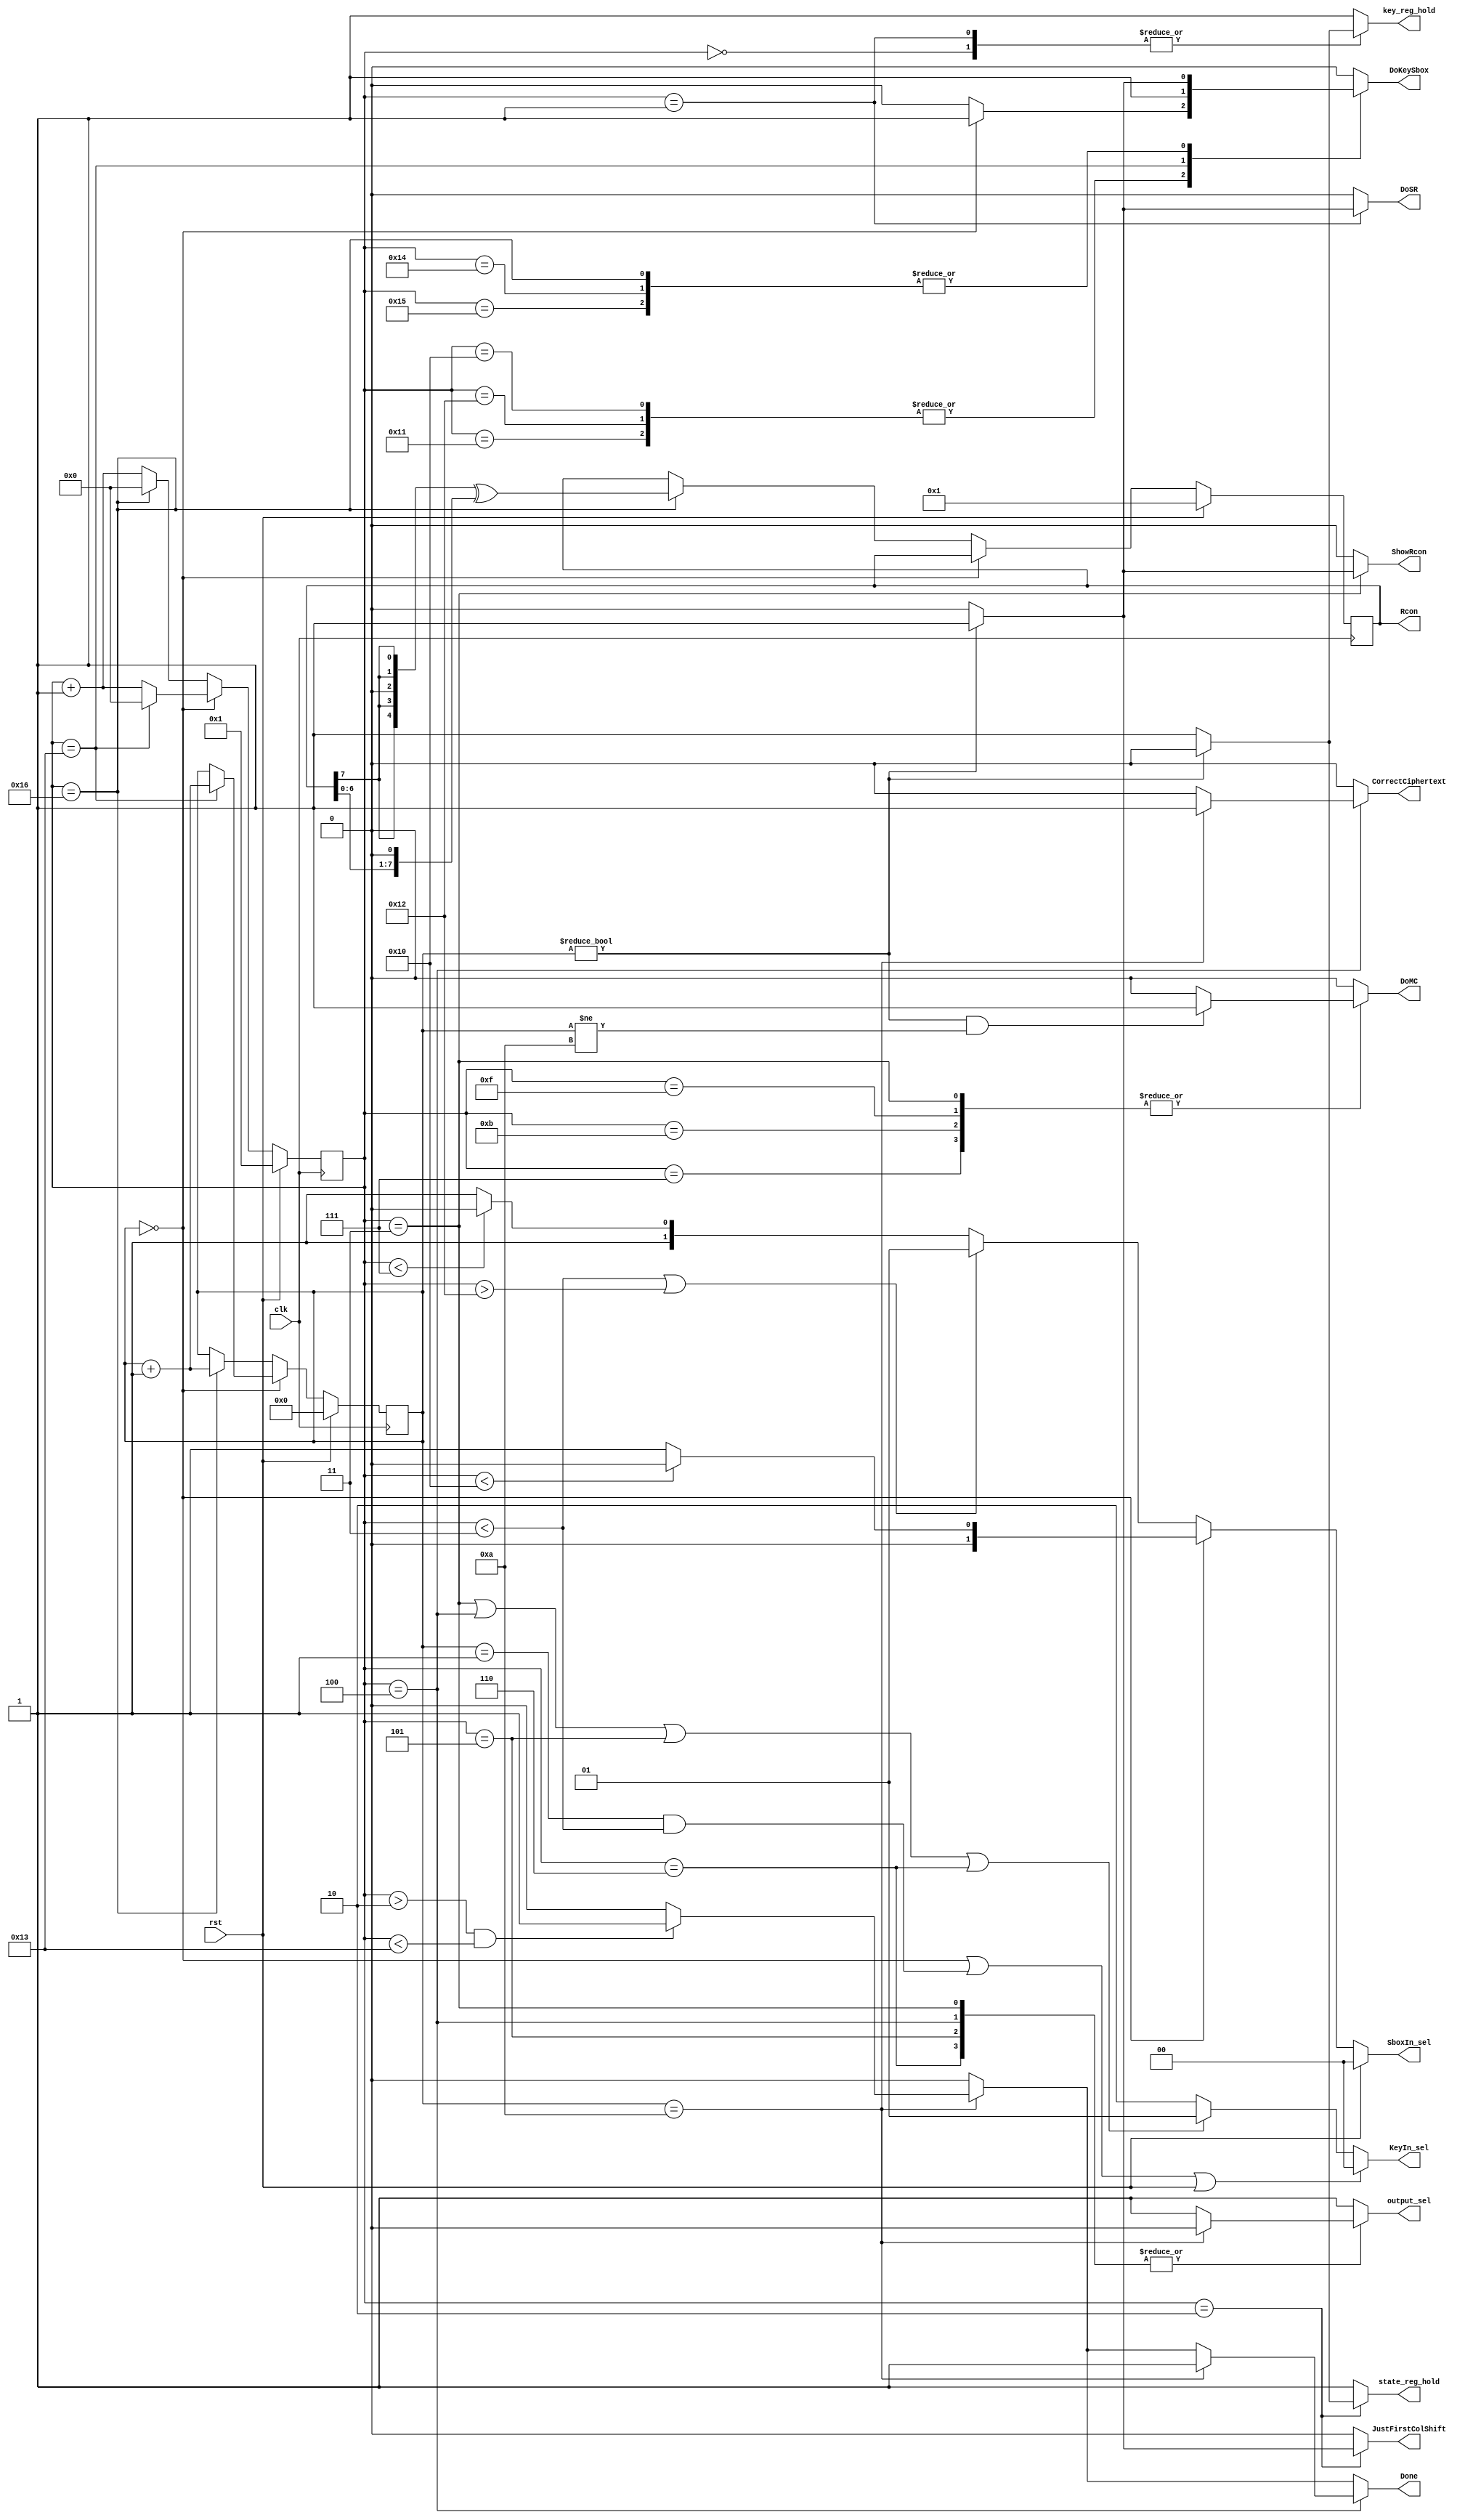
`timescale 1ns / 1ps

/*
* -----------------------------------------------------------------
* COMPANY : Ruhr University Bochum
* DOCUMENT: https://doi.org/10.46586/tches.v2021.i1.305-342
* -----------------------------------------------------------------
*
* Copyright (c) 2020, Amir Moradi, Aein Rezaei Shahmirzadi
*
* All rights reserved.
*
* THIS SOFTWARE IS PROVIDED BY THE COPYRIGHT HOLDERS AND CONTRIBUTORS "AS IS" AND
* ANY EXPRESS OR IMPLIED WARRANTIES, INCLUDING, BUT NOT LIMITED TO, THE IMPLIED
* WARRANTIES OF MERCHANTABILITY AND FITNESS FOR A PARTICULAR PURPOSE ARE
* DISCLAIMED. IN NO EVENT SHALL THE COPYRIGHT HOLDER OR CONTRIBUTERS BE LIABLE FOR ANY
* DIRECT, INDIRECT, INCIDENTAL, SPECIAL, EXEMPLARY, OR CONSEQUENTIAL DAMAGES
* (INCLUDING, BUT NOT LIMITED TO, PROCUREMENT OF SUBSTITUTE GOODS OR SERVICES;
* LOSS OF USE, DATA, OR PROFITS; OR BUSINESS INTERRUPTION) HOWEVER CAUSED AND
* ON ANY THEORY OF LIABILITY, WHETHER IN CONTRACT, STRICT LIABILITY, OR TORT
* (INCLUDING NEGLIGENCE OR OTHERWISE) ARISING IN ANY WAY OUT OF THE USE OF THIS
* SOFTWARE, EVEN IF ADVISED OF THE POSSIBILITY OF SUCH DAMAGE.
*
* Please see LICENSE and README for license and further instructions.
*/

module Controller(
    input clk,
    input rst,
	 output reg ShowRcon,
	 output reg DoSR,
    output reg DoMC,
	 output reg state_reg_hold,
	 output reg key_reg_hold,
	 output reg DoKeySbox,
	 output reg JustFirstColShift,
	 output reg Done,
	 output reg CorrectCiphertext,
	 output reg output_sel,
	 output reg [1:0] KeyIn_sel,
	 output reg [1:0] SboxIn_sel,
	 output reg [7:0] Rcon
    );
	
	
	reg [3:0] RoundCounter;
	reg [5:0] PerRoundCounter;
	reg [7:0] Rcon_Reg;
	wire [7:0] Rcon_x2;
	
	wire [7:0] conditionalXOR;
	wire [7:0] ShiftedData;
	
	parameter FinalRoundNumber = 10;
	
	assign conditionalXOR = {3'b000, Rcon_Reg[7], Rcon_Reg[7], 1'b0, Rcon_Reg[7], Rcon_Reg[7]};
	assign ShiftedData = {Rcon_Reg[6:0], 1'b0};
	assign Rcon_x2 = conditionalXOR ^ ShiftedData;
	
	always @(posedge clk) begin
		if (rst) begin
			RoundCounter <= 0;
			PerRoundCounter <= 1;
			Rcon_Reg <= 1;
		end
		else begin
			PerRoundCounter <= PerRoundCounter + 1;
			if (RoundCounter == 0) begin
				if(PerRoundCounter == 19) begin
					RoundCounter <= RoundCounter + 1;
					PerRoundCounter <= 0;
				end
			end
			else begin
				if(PerRoundCounter == 22) begin
					RoundCounter <= RoundCounter + 1;
					PerRoundCounter <= 0;
					Rcon_Reg <= Rcon_x2;
				end
			end
		end
	end
	
	always @(*) begin
		Rcon 					= Rcon_Reg;
		DoSR 					= 0;
		DoMC 					= 0;
		state_reg_hold 	= 1;
		key_reg_hold   	= 1;
		DoKeySbox			= 0;
		JustFirstColShift	= 0;	
		KeyIn_sel			= 2;
		SboxIn_sel			= 3;
		ShowRcon				= 0;
		output_sel			= 1;
		CorrectCiphertext = 0;
		Done              = 0;
		

		
		if(RoundCounter == 0 || (RoundCounter == 1 && PerRoundCounter < 3) || rst == 1) begin
				KeyIn_sel 		= 0;
		end	
	   else if(PerRoundCounter == 3 || PerRoundCounter == 4 || PerRoundCounter == 5 || PerRoundCounter == 6) begin
				KeyIn_sel 		= 1;
		end			
		
		if(RoundCounter == FinalRoundNumber) begin

			if (PerRoundCounter > 2 && PerRoundCounter < 19) begin
				Done = 1;
			end
		end
		
		if(rst == 1) begin
			SboxIn_sel  = 0;
		end		
		else if(RoundCounter == 0) begin
			if(PerRoundCounter < 16) 
				SboxIn_sel  = 0;
			else 	
				SboxIn_sel  = 1;
		end
		else begin
			if(PerRoundCounter < 3 || PerRoundCounter > 18) 
				SboxIn_sel  = 1;
			else if (PerRoundCounter < 7 )
				SboxIn_sel  = 2;
		end
						
		case (PerRoundCounter)
			5'd0: begin
					if(RoundCounter != 0) 
							key_reg_hold 		= 0;
					end
			5'd1: begin
					if(RoundCounter != 0) 
							DoSR 					= 1;
					if(RoundCounter != 0) 
							key_reg_hold 		= 0;
					end
					
			5'd2: begin
					if(RoundCounter != 0) begin
							state_reg_hold = 0;
							JustFirstColShift = 1;
							end
					end
			5'd3: begin
					if(RoundCounter != 0)
						ShowRcon = 1;
					if(RoundCounter != 0 && RoundCounter != FinalRoundNumber) 
							DoMC 					= 1;
					if(RoundCounter == FinalRoundNumber)
							output_sel 			= 0;
					end
			5'd4: begin
					if(RoundCounter == FinalRoundNumber) begin
							output_sel 			= 0;
							Done 					= 1;
							CorrectCiphertext = 1;
							end
					end
			5'd5: begin
					if(RoundCounter == FinalRoundNumber) begin
							output_sel 			= 0;
							end
					end
					
			5'd6: begin
					if(RoundCounter == FinalRoundNumber) begin
							output_sel 			= 0;
							end
					end
			5'd7: begin
					if(RoundCounter != 0 && RoundCounter != FinalRoundNumber) begin
							DoMC 					= 1;
						end
					end
					
			5'd11: begin
					if(RoundCounter != 0 && RoundCounter != FinalRoundNumber) begin
							DoMC 					= 1;
						end
					end
			5'd15: begin
					if(RoundCounter != 0 && RoundCounter != FinalRoundNumber) 
							DoMC 					= 1;
					end
			5'd16: begin
					if(RoundCounter == 0) 
							DoKeySbox 			= 1;
					end
			5'd17: begin
					if(RoundCounter == 0) 
							DoKeySbox 			= 1;
					end
			5'd18: begin

					if(RoundCounter == 0) 
							DoKeySbox 			= 1;
					end
			5'd19: begin
							DoKeySbox 			= 1;
					end
			5'd20, 5'd21: begin
					if(RoundCounter != 0) 
							DoKeySbox 			= 1;
					end
			5'd22: begin
					if(RoundCounter != 0) begin
							DoKeySbox 			= 1;
							end
					end
			
			
					 
			default : begin
							DoSR 					= 0;
							DoMC 					= 0;
							state_reg_hold 	= 1;
							key_reg_hold   	= 1;
							DoKeySbox			= 0;
							JustFirstColShift	= 0;	
							ShowRcon				= 0;	
						 end
   endcase
	end 
	
	
	
endmodule